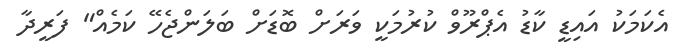
އެކަމަކު އައިޑީ ކާޑު އެޕްރޫވް ކުރުމަކީ ވަރަށް ބޮޑަށް ބަލަންޖެހޭ ކަމެއް" ފަރީދާ